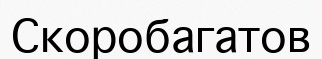
Скоробагатов